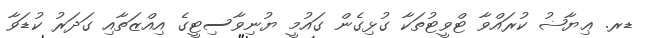
ޑރ. ޢިޔާޟު ކުރައްވާ ޓްވީޓުތަކާ ގުޅިގެން ގައުމީ ޔުނިވާސިޓީގެ އިއްޒަތާއި ގަދަރު ކުޑަވާ